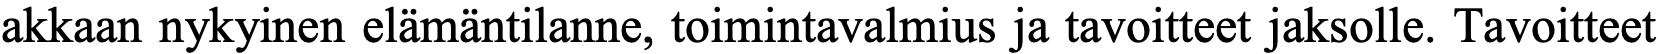
akkaan nykyinen elämäntilanne, toimintavalmius ja tavoitteet jaksolle. Tavoitteet